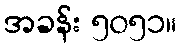
အခန်း ၅၀၅၁။